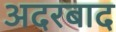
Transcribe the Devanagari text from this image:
अदरबाद